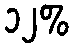
၁၂%